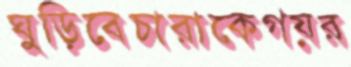
ঘুড়িবেচারাকেগয়র